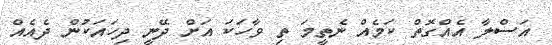
އަސްލާ އެއްގޮތް ކަމެއް ނެތީމަ ތި ވާހަކަ އަށް ދޭނީ ދިހައަކުން ދެއެއް